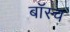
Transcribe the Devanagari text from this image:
बॉस्च